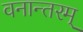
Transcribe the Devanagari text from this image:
वनान्तरम्